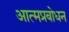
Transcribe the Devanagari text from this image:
आत्मप्रबोधन